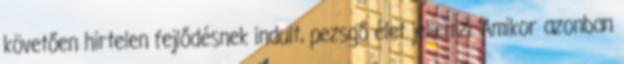
követően hirtelen fejlődésnek indult, pezsgő élet jellemzi. Amikor azonban